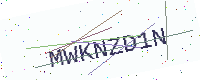
Text: MWKNZD1N